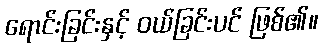
ရောင်းခြင်းနှင့် ဝယ်ခြင်းပင် ဖြစ်၏။